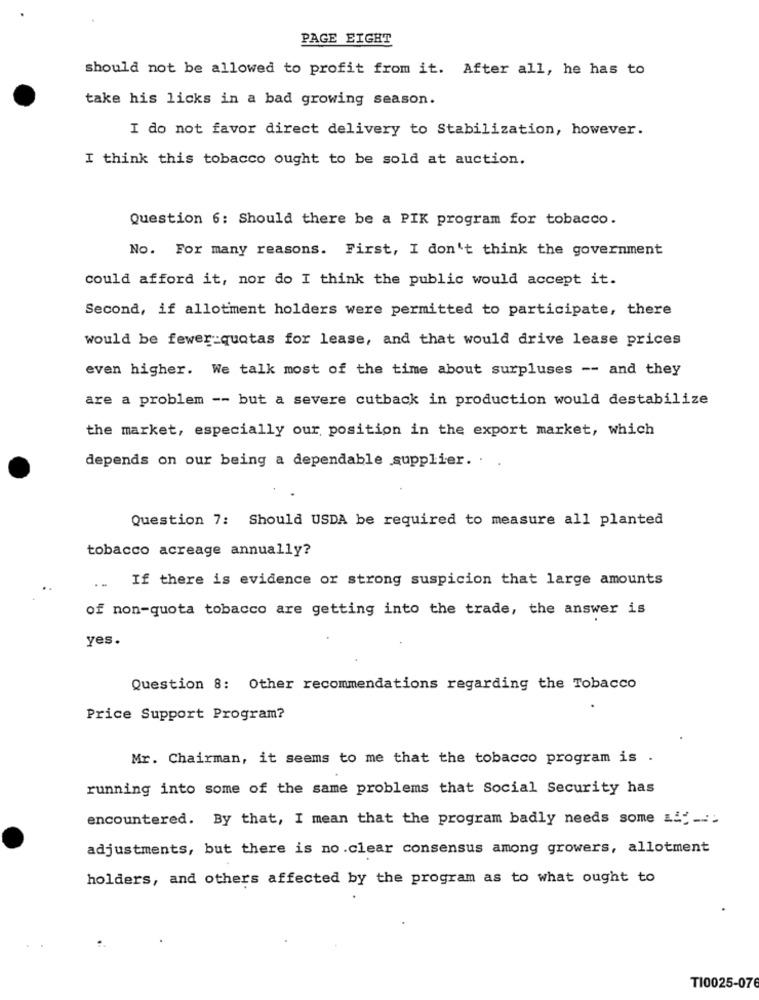
PAGE EIGHT
should not be allowed to profit from it. After all, he has to
take his licks in a bad growing season.
I do not favor direct delivery to Stabilization, however.
I think this tobacco ought to be sold at auction.
Question 6: Should there be a PIK program for tobacco.
No. For many reasons. First, I don't think the government
could afford it, nor do I think the public would accept it.
Second, if allotment holders were permitted to participate, there
would be fewer quotas for lease, and that would drive lease prices
even higher. We talk most of the time about surpluses -- and they
are a problem -- but a severe cutback in production would destabilize
the market, especially our position in the export market, which
depends on our being a dependable supplier. . .
Question 7: Should USDA be required to measure all planted
tobacco acreage annually?
If there is evidence or strong suspicion that large amounts
of non-quota tobacco are getting into the trade, the answer is
yes.
Question 8: Other recommendations regarding the Tobacco
Price Support Program?
Mr. Chairman, it seems to me that the tobacco program is .
running into some of the same problems that Social Security has
encountered. By that, I mean that the program badly needs some L ;-...
adjustments, but there is no .clear consensus among growers, allotment
holders, and others affected by the program as to what ought to
TI0025-076